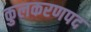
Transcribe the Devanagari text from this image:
कुलकरणपद